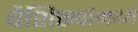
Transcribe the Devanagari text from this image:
वैशिष्ठ्यांमध्ये